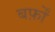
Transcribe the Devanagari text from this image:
बर्फ़ों